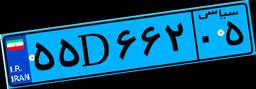
۵۵D۶۶۲۰۵